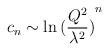
LaTeX: \begin{align*} c_n \sim \ln{(\frac{Q^{2}}{\lambda^{2}})}^{n}\end{align*}